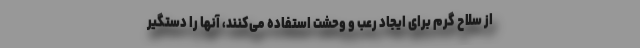
از سلاح گرم برای ایجاد رعب و وحشت استفاده می‌کنند، آنها را دستگیر